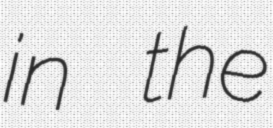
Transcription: in the